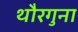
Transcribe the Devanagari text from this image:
थौरगुना